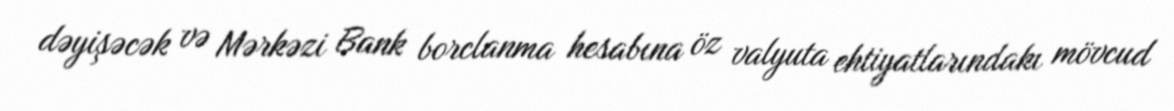
dəyişəcək və Mərkəzi Bank borclanma hesabına öz valyuta ehtiyatlarındakı mövcud